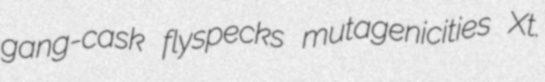
gang-cask flyspecks mutagenicities Xt.